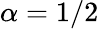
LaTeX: \alpha=1/2